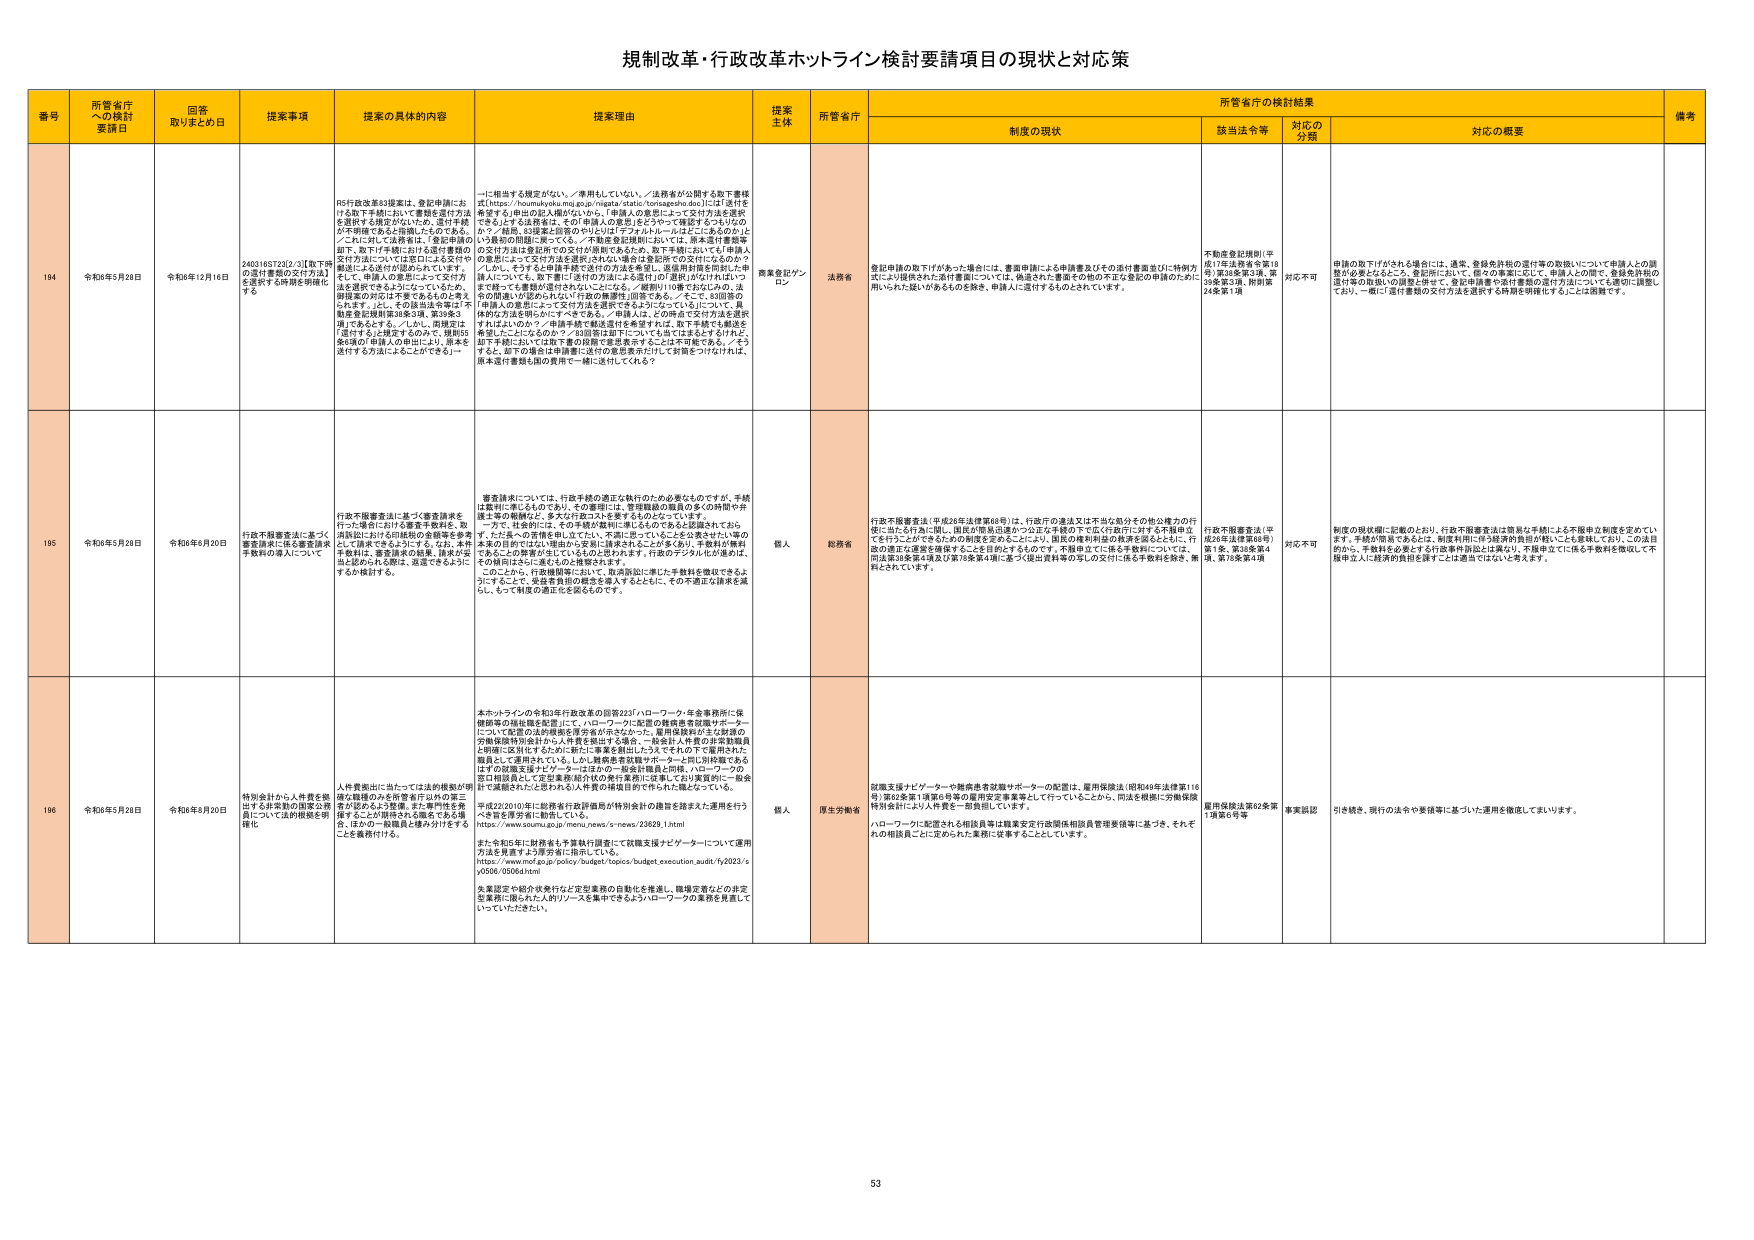
規制改革・行政改革ホットライン検討要請項目の現状と対応策

番号 所管省庁への検討要請日 回答取りまとめ日 提案事項 提案の具体的内容 提案理由 提案主体 所管省庁 制度の現状 所管省庁の検討結果 備考
該当法令等 対応の分類 対応の概要

194 令和6年5月28日 令和6年12月16日 240316ST20[2/3][取下申の送付書類の交付方法]を速やかに制度を明確化する。 RS行政改革33提案は、登記申請における取下手続において書類を送付方法を選択する規定がないため、送付手続が不明確であると指摘したものです。／これに対して法務省は、「登記申請の際、取下手続における送付書類の交付方法については法的には送交付や郵送による送付が認められています。そして、申請人の意思によって交付方法を選択できるようにしているため、申請者の対応は不要であるとのご考えられます。」とし、その趣旨を今後は不動産登記規則第38条第1項、第38条第2項であるとすると、／しかし、同規定は「送付する」と規定するのみで、様式55条6項の申請人の申出により、原本を送付する方法はふさわしくない。 一に相当する規定がない。／事例もしていない。／法務省が公開する取下書様式（https://houmukyoku.moj.go.jp/nigata/static/tomaseisho.doc）には「送付を希望する」申出の記入欄がないから、「申請人の意思によって交付方法を選択できる」とは言えず、その「意思」をどうやって確認するつもりなのか？／結局、33提案と回答のやりとりは「フォルムルール」はここにあるか？という最初の問題に帰ってく。／不動産登記規則においては、原本送付書類申請、取下手続における交付方法を明確化するため、取下手続においては「原本」の意思によって交付方法を選択されない場合は登記所での交付になるのか？／しかし、そうすると申請者が送付の方法を希望し、送信資料等を明示した本人について、取下書に「送付の方法による送付」の「選択」がなければ、送付方法を明らかにすべきである。／申請人は、この時点で交付方法を選択すればよいのか？／申請手続で転送送付を希望すれば、取下手続でも転送を希望したことになるのか？／33提案は即「にっし」をはくはまえますけれど、却下手続においては取下書の段階で意思表示することは不可能である。／そうすると、却下の場合に申請者に送付の意思表示だけして対面をつけるければ、原本送付書類も局の責任で一緒に送付してくれる？ 商業登記ブンロン 法務省 登記申請の取下がなかった場合には、書面申請による申請書及びその送付書面並びに特例手続により提供された送付書面については、偽造された書面その他の不正な登記の申請のために用いられた疑いがあるものを除き、申請人に送付するものとされています。 不動産登記規則（平成17年法務省令第18号）第38条第3項、第38条第3項、附則第24条第1項 対応不可 申請の取下が行われる場合には、通常、登録免許税の送付等の取扱いについて申請人との調整が必要となるところ、登記所において、個々の事案に対して、申請人との間で、登録免許税の送付等の取扱いの調整を併せて、登記申請書や送付書類の送付方法についても適切に調整しており、一概に「送付書類の交付方法を選択する時期を明確化する」ことは困難です。

195 令和6年5月28日 令和6年6月20日 行政不履審査法に基づく審査請求に係る審査請求手続等の導入について 行政不履審査法に基づく審査請求を行う場合における審査手続は、欧州諸国における同様の審査請求を参考として請求できるようにする。なお、本件手続は、審査請求の結果、請求が妥当と認められる際は、返還できるようにするが検討する。 審査請求については、行政手続の適正な執行のため必要なものですが、手続は累積に至るものであり、その審理には、管理職級の職員の多くの時間や弁護士等の報酬など、多大な行政コストを要するものとなっています。一方で、社会的には、その手続が裁判に準じるものであると認識されており、また、その不審を申し立てたい、不満に思っていることを言わせない等の本来の目的ではない理由から安易に請求されることが多くあり、手数料が無料であることの影響が生じているものとおもわれます。行政のデジタル化の進みは、その利用はさらに進むものと推察されます。このことから、行政機関等において、取消訴訟に準じた手数料を徴収できるようにすることで、受益者負担の概念を導入するとともに、その不適正な請求を減らし、もって制度の適正化を図るものです。 個人 総務省 行政不履審査法（平成26年法律第68号）は、行政庁の違法又は不当な処分その他公権力の行使に当たる行為に関し、国民が簡易迅速かつ公正な手続の下で広く行政庁に対する不服申立を行うことができるための制度を定めたことにより、国民の裁判所法の救済手段とともに、行政の適正な運営を確保することを目的とするものです。不服申立てに係る手数料については、同法第30条第4項及び第78条第4項に基づく提出資料等の写しの交付に係る手数料を除き、無料とされています。 行政不履審査法（平成26年法律第68号）第1条、第38条第4項、第78条第4項 対応不可 制度の現状欄に記載のとおり、行政不履審査法は簡易な手続による不服申立制度を定めています。手続が簡易であるとは、制度利用に伴う経済的負担が軽いことを意味しており、この点から、手数料を必要とする行政事件訴訟とは異なり、不服申立てに係る手数料を徴収して不服申立人に経済的負担を課すことは適当ではないと考えます。

196 令和6年5月28日 令和6年6月20日 特別会計から人件費を拠出する公務員の国家公務員について法的根拠を明確化 人件費拠出に当たっては法的根拠が明確な職務のみを所管省庁以外の第三者が支給するよう改善。また専門性を発揮することが期待される職をできる限り、ほかの一般職員と組み分けをすることが義務付けられる。 本ホットラインの令和3年行政改革の回答222「ハローワーク・年金事務所に保険部等の福祉職を配置」にて、ハローワークに配置の難病患者就職サポーターについて配置の法的根拠を厚労省が示さなかった。雇用保険法第62条第1項の労働保険特別会計から人件費を拠出する場合、一般会計人件費の非常勤職員と明確に区別化するために新たに事業を創出したうえでそれの下で雇用された職員として運用されている。しかし難病患者就職サポーターと同じ別採用であるはずの就職支援ナビゲーターはほかの一般会計職員と同様、ハローワークの窓口職員として定年後年齢60歳の厚生業務に従事しており実質的に一般会計で減額されたと認められる人件費の積算目的で作られた職となっている。 平成22年10月に総務省行政評価局が特別会計の職務を踏まえた運用を行うべきを厚労省に勧告している。 https://www.soumu.go.jp/menu/news/s-news/236281.html また令和5年に財務省も予算執行調査にて就職支援ナビゲーターについて運用方法を見直すよう厚労省に指示している。 https://www.mof.go.jp/policy/budget/topics/budget_execution_audit/5/2023/s y0506/02064.html 各業部や紹介状発行など定員業務の自動化を推進し、職場定着などの非定型業務に限られた人材リソースを集中的に使うようハローワークの業務を見直していっていただきたい。 個人 厚生労働省 就職支援ナビゲーター・難病患者就職サポーターの配置は、雇用保険法（昭和49年法律第116号）第62条第1項第6号等の雇用安定事業等として行っていることから、同法を根拠に労働保険特別会計により人件費を一部負担しています。 ハローワークに配置される相談員等は職業安定行政関係相談員管理要領等に基づき、それぞれの相談員ごとに定められた業務に従事することとしています。 雇用保険法第62条第1項第6号等 事実認証 引き続き、現行の法令や要領等に基づいた運用を徹底してまいります。

53